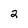
Character: 2